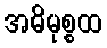
အဓိမုစ္စထ